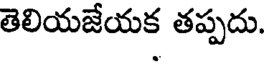
తెలియజేయక తప్పదు.